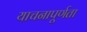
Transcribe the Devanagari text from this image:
याचनापूर्णता